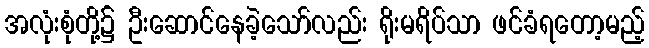
အလုံးစုံတို့၌ ဦးဆောင်နေခဲ့သော်လည်း ရိုးမရိပ်သာ ဖင်ခံရတော့မည့်